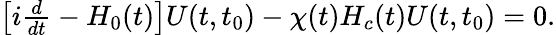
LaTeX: \begin{array}{r}{\left[i\frac{d}{dt}-H_{0}(t)\right]U(t,t_{0})-\chi(t)H_{c}(t)U(t,t_{0})=0.}\end{array}